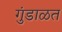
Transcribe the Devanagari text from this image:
गुंडाळत